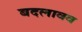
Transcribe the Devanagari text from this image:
बदलावव